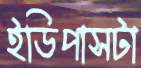
ইডিপাসটা